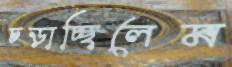
চড়াচ্ছিলেম